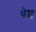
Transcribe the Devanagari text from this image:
थेप्ट